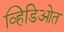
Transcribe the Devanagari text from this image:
व्हिडिओत